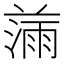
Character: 𰜾